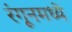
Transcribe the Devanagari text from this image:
रंगूनमध्ये